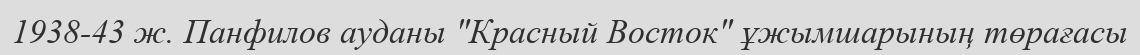
1938-43 ж. Панфилов ауданы "Красный Восток" ұжымшарының төрағасы